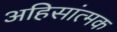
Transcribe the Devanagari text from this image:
अहिसांत्मक